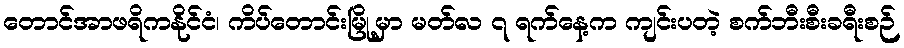
တောင်အာဖရိကနိုင်ငံ၊ ကိပ်တောင်းမြို့မှာ မတ်လ ၇ ရက်နေ့က ကျင်းပတဲ့ စက်ဘီးစီးခရီးစဉ်